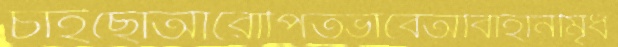
চাইছোআরোপিতভাবেআবাহানীমৃধ